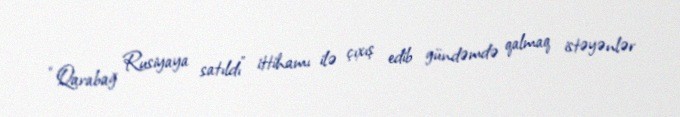
“Qarabağ Rusiyaya satıldı” ittihamı ilə çıxış edib gündəmdə qalmaq istəyənlər